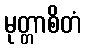
မုတ္တာစိတံ